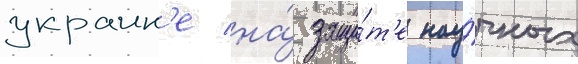
украин'е на́ защи́т'е нау́чных